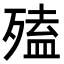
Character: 𣩄